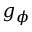
g _ { \phi }